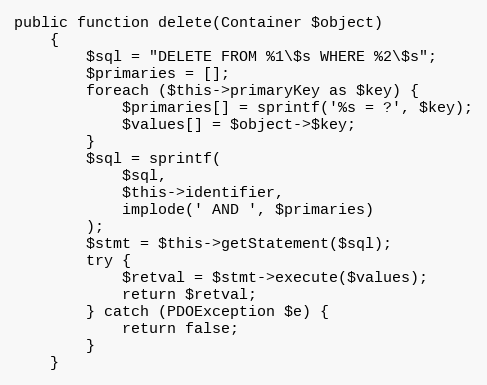
Language: PHP
public function delete(Container $object)
    {
        $sql = "DELETE FROM %1\$s WHERE %2\$s";
        $primaries = [];
        foreach ($this->primaryKey as $key) {
            $primaries[] = sprintf('%s = ?', $key);
            $values[] = $object->$key;
        }
        $sql = sprintf(
            $sql,
            $this->identifier,
            implode(' AND ', $primaries)
        );
        $stmt = $this->getStatement($sql);
        try {
            $retval = $stmt->execute($values);
            return $retval;
        } catch (PDOException $e) {
            return false;
        }
    }